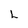
Character: L